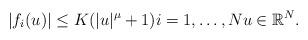
LaTeX: \begin{align*}|f_i(u)| \leq K(|u|^{\mu} + 1) i=1,\ldots, N u\in \mathbb R^N.\end{align*}